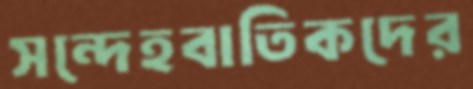
সন্দেহবাতিকদের